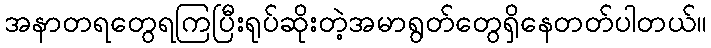
အနာတရတွေရကြပြီးရုပ်ဆိုးတဲ့အမာရွတ်တွေရှိနေတတ်ပါတယ်။